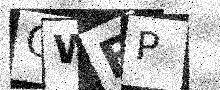
Text: QWBP